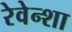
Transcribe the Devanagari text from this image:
रेवेन्शा